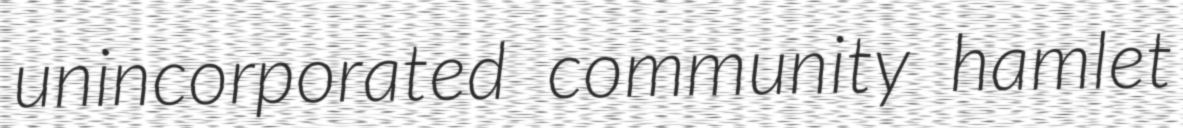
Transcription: unincorporated community hamlet